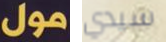
مول سيدي